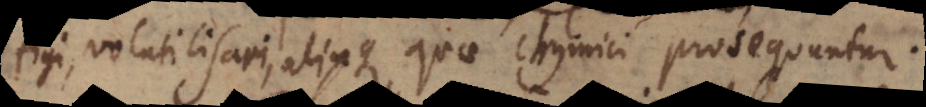
coagulari, aliaque quae chymici prosequuntur.